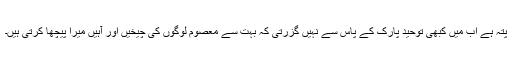
پتہ ہے اب میں کبھی توحید پارک کے پاس سے نہیں گزرتی کہ بہت سے معصوم لوگوں کی چیخیں اور آہیں میرا پیچھا کرتی ہیں۔